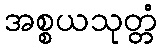
အစ္စယသုတ္တံ